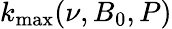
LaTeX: k_{\operatorname*{max}}(\nu,B_{0},P)